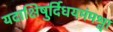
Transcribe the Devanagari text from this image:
यदाक्षिषुर्दिधयमंमश्वा